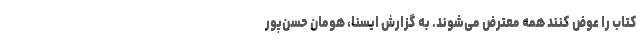
کتاب را عوض کنند همه معترض می‌شوند. به گزارش ایسنا، هومان حسن‌پور